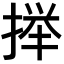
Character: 𫽥